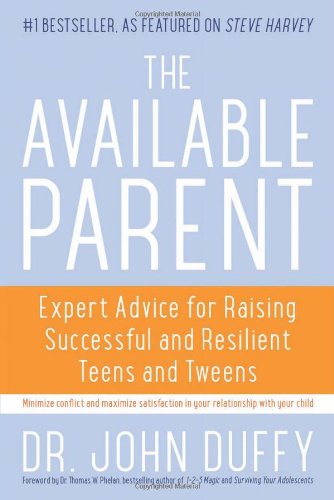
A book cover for The Available Parent: Expert Advice for Raising Successful, Resilient, and Connected Teens and Tweens; Dr. John Duffy; Education & Teaching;